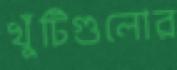
খুঁটিগুলোর